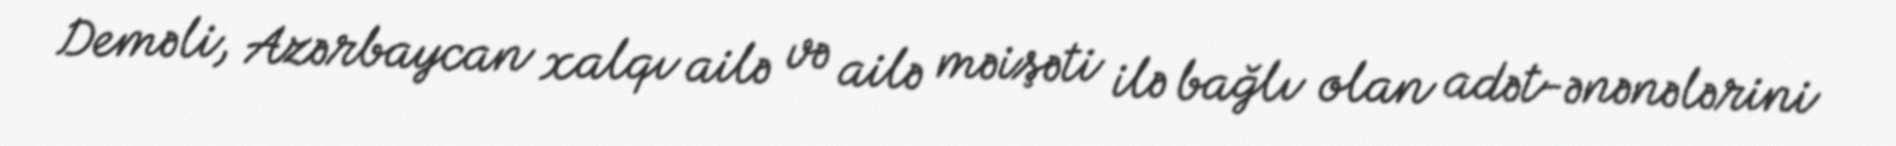
Deməli, Azərbaycan xalqı ailə və ailə məişəti ilə bağlı olan adət-ənənələrini